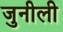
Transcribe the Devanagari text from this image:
जुनीली